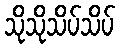
သိုသိုသိပ်သိပ်